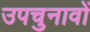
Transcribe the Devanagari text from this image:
उपचुनावों